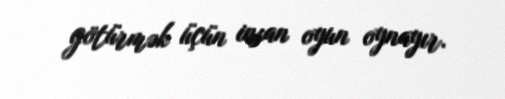
götürmək üçün insan oyun oynayır.